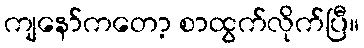
ကျနော်ကတော့ စာထွက်လိုက်ပြီ။